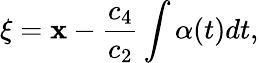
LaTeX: \xi=\mathbf{x}-\frac{{c_{4}}}{{c_{2}}}\int\alpha(t)dt,